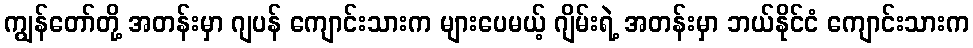
ကျွန်တော်တို့ အတန်းမှာ ဂျပန် ကျောင်းသားက များပေမယ့် ဂျိမ်းရဲ့ အတန်းမှာ ဘယ်နိုင်ငံ ကျောင်းသားက